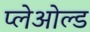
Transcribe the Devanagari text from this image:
प्लेओल्ड